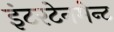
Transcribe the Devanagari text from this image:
इंटरटेनमेन्ट